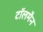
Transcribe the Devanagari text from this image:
टॉलमैन